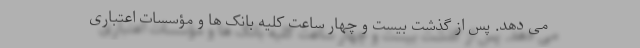
می دهد. پس از گذشت بیست و چهار ساعت کلیه بانک ها و مؤسسات اعتباری